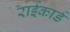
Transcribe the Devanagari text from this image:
राईकार्ड